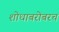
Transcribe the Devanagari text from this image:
शोधाबरोबरच